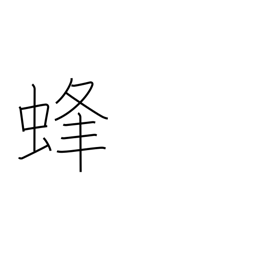
Meaning: bee